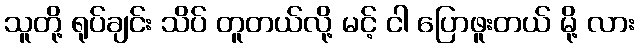
သူတို့ ရုပ်ချင်း သိပ် တူတယ်လို့ မင့် ငါ ပြောဖူးတယ် မို့ လား